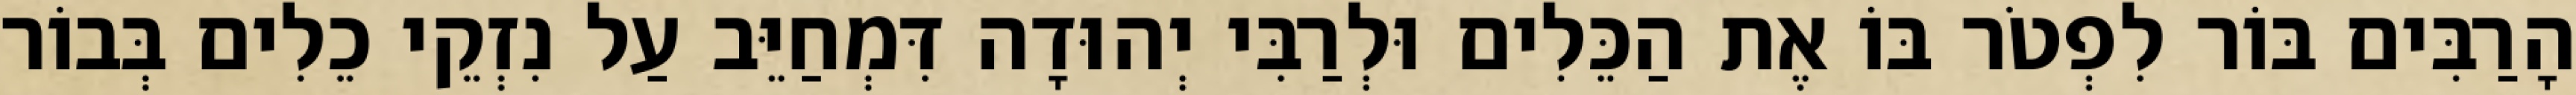
הָרַבִּים בּוֹר לִפְטֹר בּוֹ אֶת הַכֵּלִים וּלְרַבִּי יְהוּדָה דִּמְחַיֵּב עַל נִזְקֵי כֵלִים בְּבוֹר